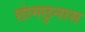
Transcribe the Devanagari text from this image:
छांगछुनास